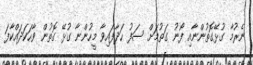
ނެރުމާ ގުޅޭގޮތުންނާއި ފޯނު ގަތުމަށް ސަފު ހަދާފައިވާ މީހުންނާ ގުޅޭ ގޮތުން ވާހަކަދައްކާފަ